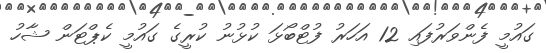
ގައުމީ ފެންވަރުފައި 12 އަހަރު ފުޓްބޯޅަ ކުޅުނު ކުރީގެ ގައުމީ ކެޕްޓަން ޝާހު